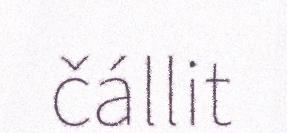
čállit